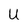
Character: U